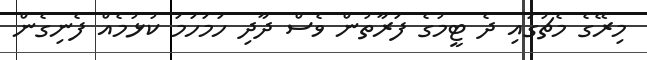
މިރޭގެ މެޗުގައި ދެ ޓީމުގެ ފަރާތުން ވެސް ދާދި ހަމަހަމަ ކުޅުމެއް ފެނިގެން